Civil Veterinary Department. Central Provinces & Berar 1932-41 - 1932-1941
Year: 1932
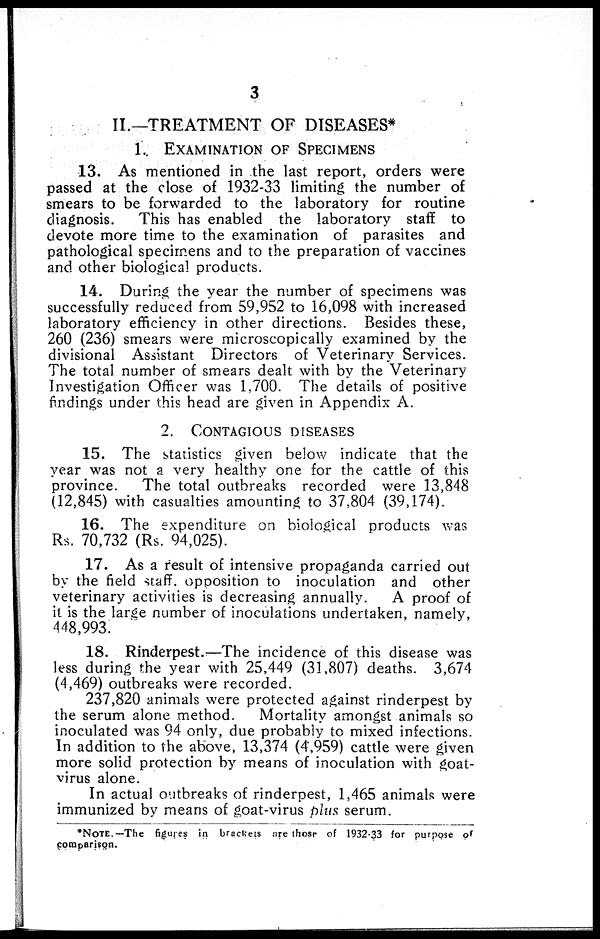
3
II.—TREATMENT OF DISEASES*
1. EXAMINATION OF SPECIMENS
13. As mentioned in the last report, orders were
passed at the close of 1932-33 limiting the number of
smears to be forwarded to the laboratory for routine
diagnosis. This has enabled the laboratory staff to
devote more time to the examination of parasites and
pathological specimens and to the preparation of vaccines
and other biological products.
14. During the year the number of specimens was
successfully reduced from 59,952 to 16,098 with increased
laboratory efficiency in other directions. Besides these,
260 (236) smears were microscopically examined by the
divisional Assistant Directors of Veterinary Services.
The total number of smears dealt with by the Veterinary
Investigation Officer was 1,700. The details of positive
findings under this head are given in Appendix A.
2. CONTAGIOUS DISEASES
15. The statistics given below indicate that the
year was not a very healthy one for the cattle of this
province.
The total outbreaks recorded were 13,848
(12,845) with casualties amounting to 37,804 (39,174).
16. The expenditure on biological products was
Rs. 70,732 (Rs. 94,025).
17. As a result of intensive propaganda carried out
by the field staff opposition to inoculation and other
veterinary activities is decreasing annually.
A proof of
it is the large number of inoculations undertaken, namely,
448,993.
18. Rinderpest.—The incidence of this disease was
less during the year with 25,449 (31,807) deaths. 3,674
(4,469) outbreaks were recorded.
237,820 animals were protected against rinderpest by
the serum alone method.
Mortality amongst animals so
inoculated was 94 only, due probably to mixed infections.
In addition to the above, 13,374 (4,959) cattle were given
more solid protection by means of inoculation with goat-
virus alone.
In actual outbreaks of rinderpest, 1,465 animals were
immunized by means of goat-virus plus serum.
*NOTE.—The figures in brackets are those of 1932-33 for purpose of
comparison.